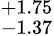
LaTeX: ^{+1.75}_{-1.37}